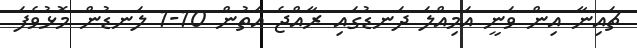
ޗައިނާ އިން ވަނީ އަމިއްލަ ދަނޑުގައި ރާއްޖެ އަތުން 10-1 ލަނޑުން މޮޅުވެފަ